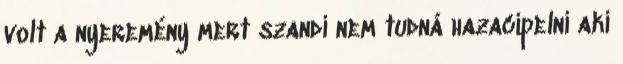
volt a nyeremény mert szandi nem tudná hazacipelni aki